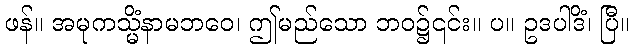
ဖန်။ အမုကသ္မိံနာမဘဝေ၊ ဤမည်သော ဘဝ၌၎င်း။ ပ။ ဥဒပါဒိံ၊ ပြီ။